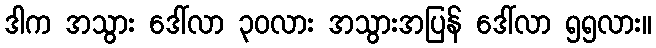
ဒါက အသွား ဒေါ်လာ ၃၀လား အသွားအပြန် ဒေါ်လာ ၅၅လား။